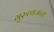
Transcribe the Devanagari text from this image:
गुरुत्वजन्य